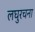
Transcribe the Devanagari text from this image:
लघुरचना